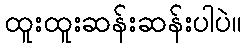
ထူးထူးဆန်းဆန်းပါပဲ။